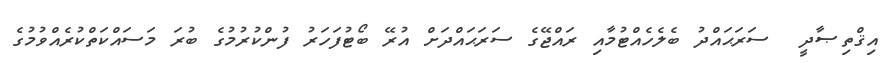
އިޤްތިޞާދީ  ސަރަޙައްދު ބެލެހެއްޓުމާއި ރައްޖޭގެ ސަރަޙައްދަށް އުރޭ ބޯޓުފަހަރު ފުންކުރުމުގެ ބުރަ މަސައްކަތްކުރެއްވުމުގެ